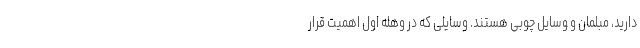
دارید، مبلمان و وسایل چوبی هستند. وسایلی که در وهله اول اهمیت قرار